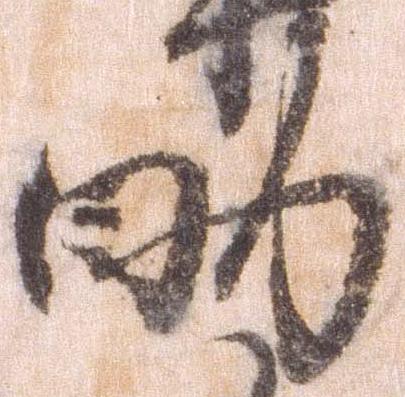
助